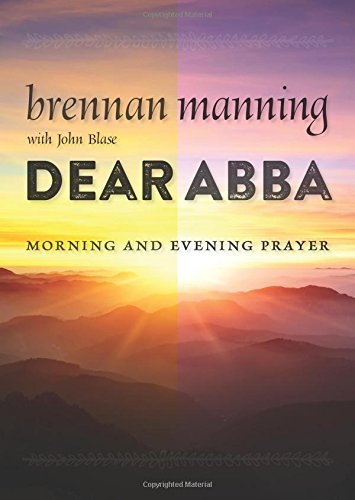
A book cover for Dear Abba: Morning and Evening Prayer; Brennan Manning; Christian Books & Bibles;